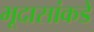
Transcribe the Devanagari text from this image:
भूदासांकडे